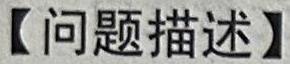
问题描述